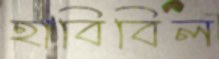
হাবিবিল